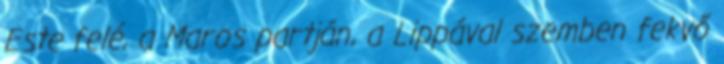
Este felé, a Maros partján, a Lippával szemben fekvő